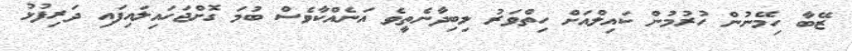
ޒޭބާ ހިމޭނުން ހުރުމުން ކައިލްއަށް ހިތްވަރު ލިބިދާނެތީވެ އަނެއްކާވެސް ބުމަ ގޮށްޖަހައިލައިފައި ދަރިފުޅު